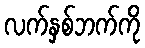
လက်နှစ်ဘက်ကို